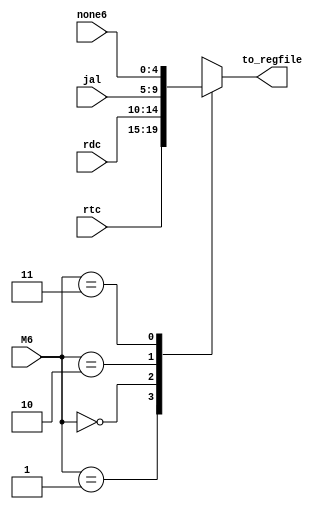
`timescale 1ns / 1ps
//////////////////////////////////////////////////////////////////////////////////
// Company: 
// Engineer: 
// 
// Design Name: 
// Module Name: MUX6
// Project Name: 
// Target Devices: 
// Tool Versions: 
// Description: 
// 
// Dependencies: 
// 
// Revision:
// Revision 0.01 - File Created
// Additional Comments:
// 
//////////////////////////////////////////////////////////////////////////////////

module MUX6(//rtrd1rt0rd,2jal31 
    input [4 : 0] rdc,//0
    input [4 : 0] rtc,//1
    input [4:  0] jal,//2
    input [4 : 0] none6,//3
    input [1 : 0] M6,
    output reg [4 : 0] to_regfile
    );
    always @(*)
    begin
    case(M6)
        2'b01: to_regfile = rtc;
        2'b00: to_regfile = rdc; 
        2'b10: to_regfile = jal;
        2'b11: to_regfile = none6;
        default:
        to_regfile = rdc;
        //to_regfile = 32'h1f1f1f1f;
   endcase
   end
endmodule